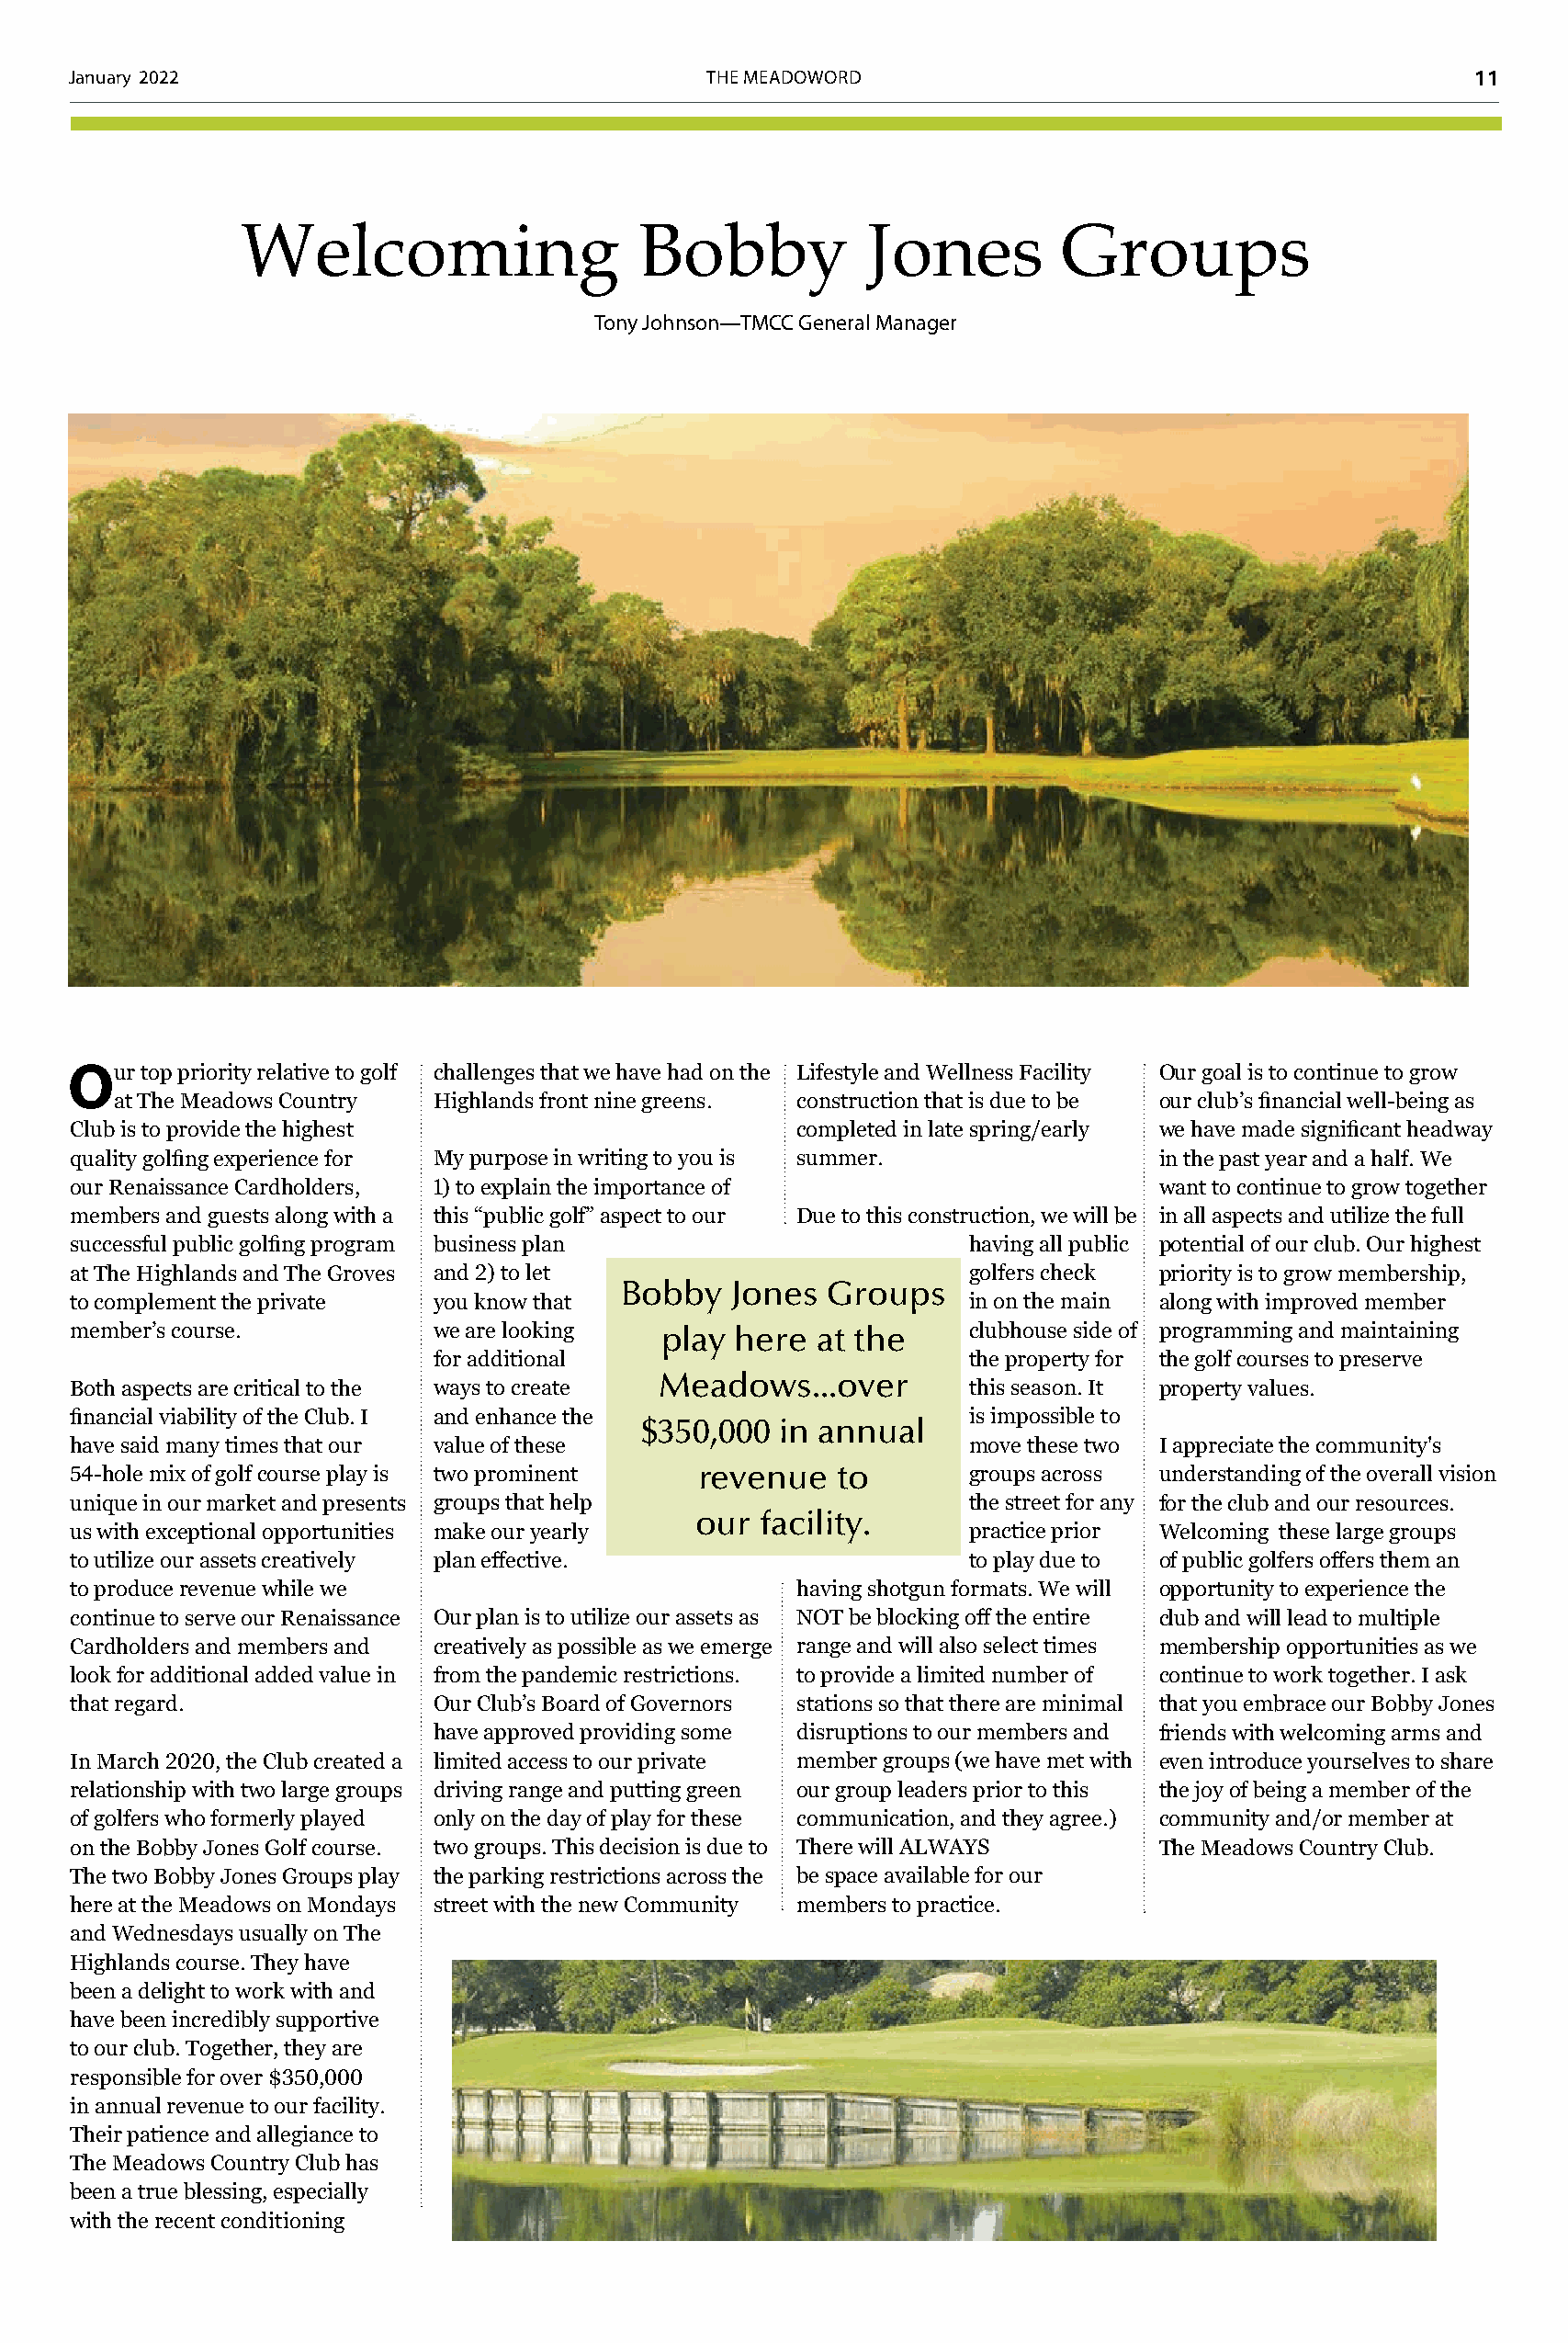
January 2022                                  THE MEADOWORD                                          11
 Welcoming                    Bobby           Jones          Groups
 Tony Johnson—TMCC General Manager
 Our  top priority relative to golf challenges that we have had on the Lifestyle and Wellness Facility Our goal is to continue to grow
 at The Meadows Country Highlands front nine greens. construction that is due to be our club’s financial well-being as
 Club is to provide the highest                      completed in late spring/early we have made significant headway
 quality golfing experience for My purpose in writing to you is summer.         in the past year and a half. We
 our Renaissance Cardholders, 1) to explain the importance of                   want to continue to grow together
 members and guests along with a this “public golf” aspect to our Due to this construction, we will be in all aspects and utilize the full
 successful public golfing program business plan                  having all public potential of our club. Our highest
 at The Highlands and The Groves and 2) to let                    golfers check priority is to grow membership,
 Bobby   Jones  Groups
 to complement the private you know that                          in on the main along with improved member
 member’s course.          we are looking   play here  at the     clubhouse side of programming and maintaining
 for additional                         the property for the golf courses to preserve
 Meadows...over
 Both aspects are critical to the ways to create                  this season. It property values.
 financial viability of the Club. I and enhance the               is impossible to
 $350,000  in annual
 have said many times that our value of these                     move these two I appreciate the community's
 54-hole mix of golf course play is two prominent revenue to      groups across understanding of the overall vision
 unique in our market and presents groups that help               the street for any for the club and our resources.
 our  facility.
 us with exceptional opportunities make our yearly                practice prior Welcoming these large groups
 to utilize our assets creatively plan effective.                 to play due to of public golfers offers them an
 to produce revenue while we                         having shotgun formats. We will opportunity to experience the
 continue to serve our Renaissance Our plan is to utilize our assets as NOT be blocking off the entire club and will lead to multiple
 Cardholders and members and creatively as possible as we emerge range and will also select times membership opportunities as we
 look for additional added value in from the pandemic restrictions. to provide a limited number of continue to work together. I ask
 that regard.              Our Club’s Board of Governors stations so that there are minimal that you embrace our Bobby Jones
 have approved providing some disruptions to our members and friends with welcoming arms and
 In March 2020, the Club created a limited access to our private member groups (we have met with even introduce yourselves to share
 relationship with two large groups driving range and putting green our group leaders prior to this the joy of being a member of the
 of golfers who formerly played only on the day of play for these communication, and they agree.) community and/or member at
 on the Bobby Jones Golf course. two groups. This decision is due to There will ALWAYS The Meadows Country Club.
 The two Bobby Jones Groups play the parking restrictions across the be space available for our
 here at the Meadows on Mondays street with the new Community members to practice.
 and Wednesdays usually on The
 Highlands course. They have
 been a delight to work with and
 have been incredibly supportive
 to our club. Together, they are
 responsible for over $350,000
 in annual revenue to our facility.
 Their patience and allegiance to
 The Meadows Country Club has
 been a true blessing, especially
 with the recent conditioning